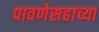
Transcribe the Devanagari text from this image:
पावणेसहाच्या